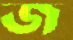
জ